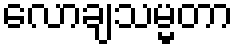
လောချသမ္မတာ